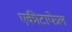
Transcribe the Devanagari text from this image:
एकीटाफेल